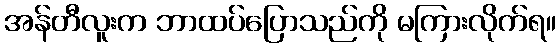
အန်တီလူးက ဘာထပ်ပြောသည်ကို မကြားလိုက်ရ။